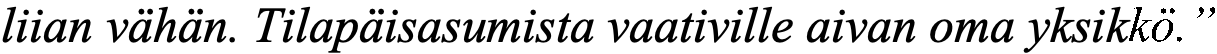
liian vähän. Tilapäisasumista vaativille aivan oma yksikkö.”